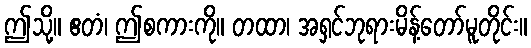
ဤသို့။ ဧတံ၊ ဤစကားကို။ တထာ၊ အရှင်ဘုရားမိန့်တော်မူတိုင်း။